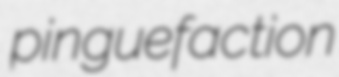
pinguefaction